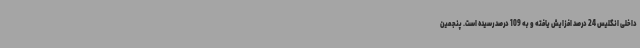
داخلی انگلیس 24 درصد افزایش یافته و به 109 درصد رسیده است. پنجمین